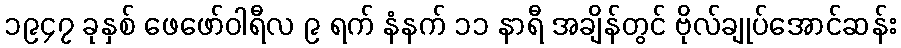
၁၉၄၇ ခုနှစ် ဖေဖော်ဝါရီလ ၉ ရက် နံနက် ၁၁ နာရီ အချိန်တွင် ဗိုလ်ချုပ်အောင်ဆန်း